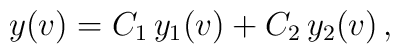
y(v) = C_1\, y_1 (v)+ C_2\, y_2 (v)\,,